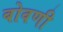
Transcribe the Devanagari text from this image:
बोवणी